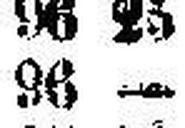
96 —